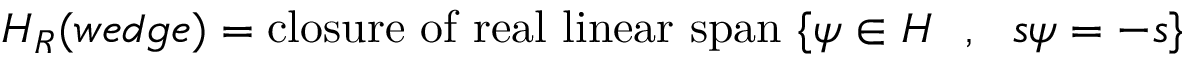
{ \cal H } _ { R } ( w e d g e ) = \mathrm { c l o s u r e ~ o f ~ r e a l ~ l i n e a r ~ s p a n } ~ \{ \psi \in { \cal H } ~ ~ , ~ ~ s \psi = - s \}